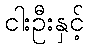
ငါးဦးနှင့်